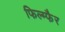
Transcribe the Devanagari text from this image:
फिल्म्फैर